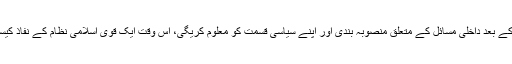
افغان مسلمان ملت جارحیت کے خاتمہ کے بعد داخلی مسائل کے متعلق منصوبہ بندی اور اپنے سیاسی قسمت کو معلوم کریگی، اس وقت ایک قوی اسلامی نظام کے نفاذ کیساتھ اپنی حقیقی آرزوؤں تک پہنچے گی۔